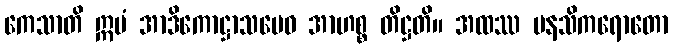
ကေသာတိ ဣမံ အာဒိကောဋ္ဌာသမေဝ အာဟစ္စ တိဋ္ဌတိ။ အထဿ မနသိကရောတော